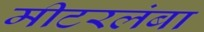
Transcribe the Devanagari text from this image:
मीटरलंबा